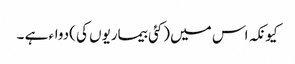
کیونکہ اس میں (کئی بیماریوں کی )دواء ہے ۔